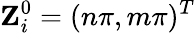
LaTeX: {\mathbf Z}_{i}^{0}=(n\pi,m\pi)^{T}